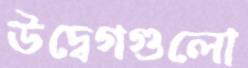
উদ্বেগগুলো